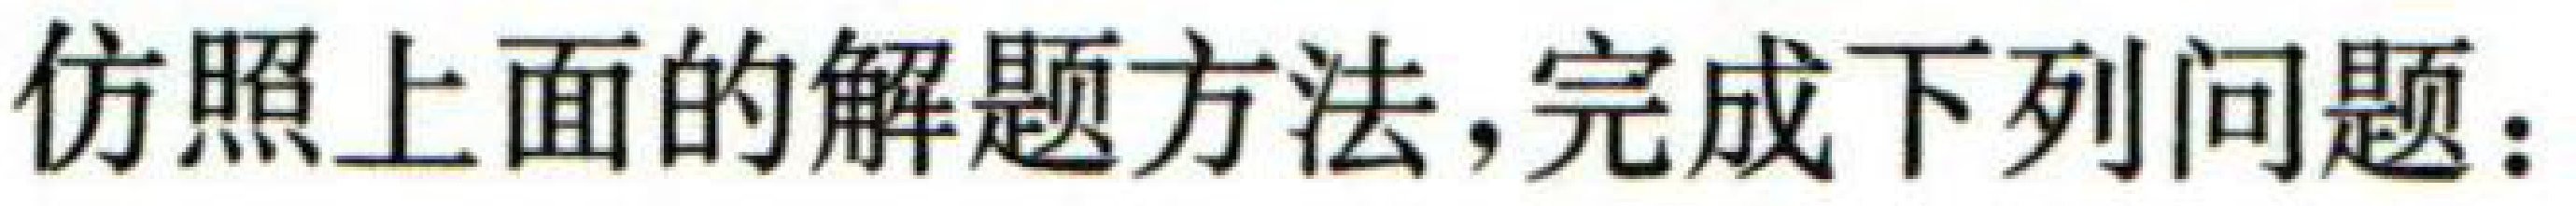
仿照上面的解题方法，完成下列问题：